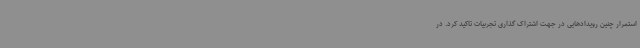
استمرار چنین رویدادهایی در جهت اشتراک گذاری تجربیات تاکید کرد. در